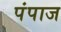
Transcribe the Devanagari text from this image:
पंपाज